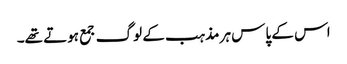
اس کے پاس ہر مذہب کے لوگ جمع ہوتے تھے۔